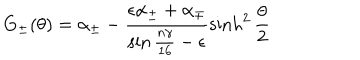
G _ { \pm } ( \theta ) = \alpha _ { \pm } - \frac { \epsilon \alpha _ { \pm } + \alpha _ { \mp } } { \sin { \frac { n \gamma } { 1 6 } } - \epsilon } \sinh ^ { 2 } \frac { \theta } { 2 }